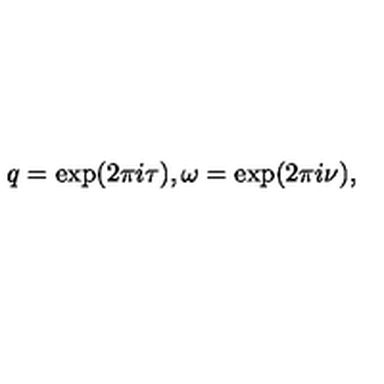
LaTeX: q = \exp ( 2 \pi i \tau ) , \omega = \exp ( 2 \pi i \nu ) ,